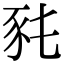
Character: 𧰭